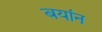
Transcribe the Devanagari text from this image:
बयांन